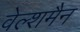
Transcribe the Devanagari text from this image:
वेल्शमैन